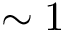
\sim 1